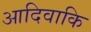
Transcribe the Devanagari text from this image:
आदिवाकि